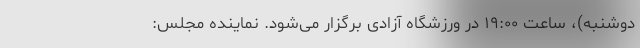
دوشنبه)، ساعت ۱۹:۰۰ در ورزشگاه آزادی برگزار می‌شود. نماینده مجلس: